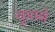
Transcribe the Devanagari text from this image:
कूतने